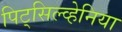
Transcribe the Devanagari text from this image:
पिट्‌सिल्व्हेनिया